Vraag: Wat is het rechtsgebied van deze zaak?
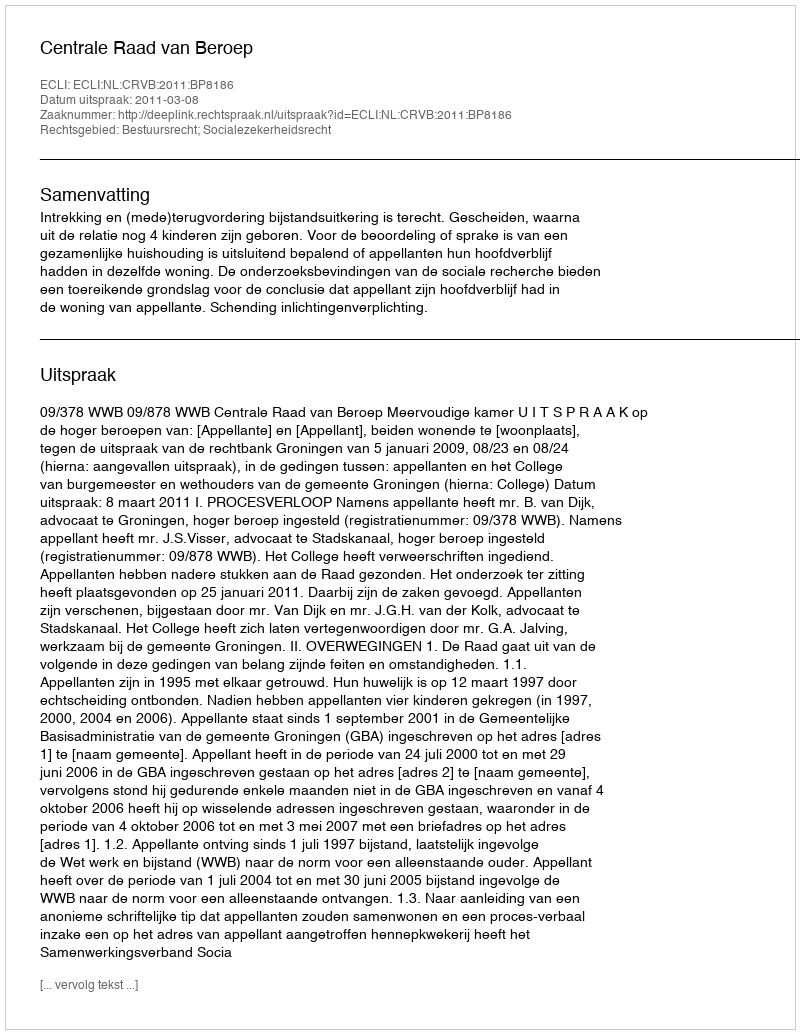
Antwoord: Bestuursrecht; Socialezekerheidsrecht